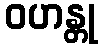
ဝဟန္တု